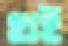
হাই